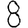
Digit: 8